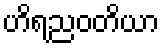
ဟိရညဝတိယာ